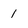
Character: 1